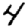
Digit: 4